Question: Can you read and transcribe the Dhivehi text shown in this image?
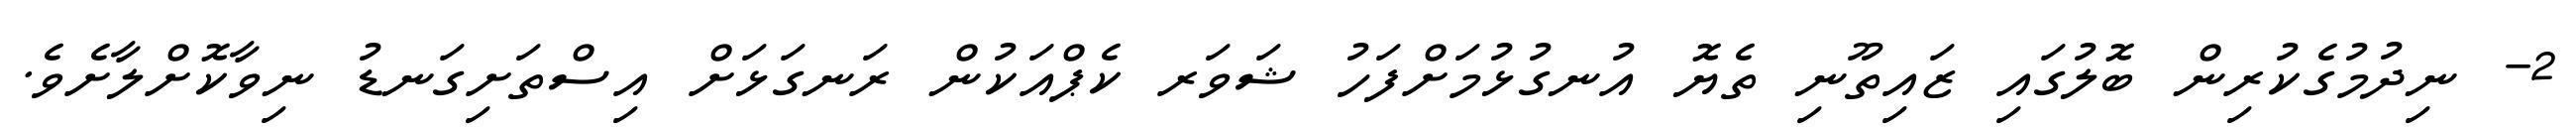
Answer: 2- ނިދުމުގެކުރިން ބޮލުގައި ޒައިތޫނި ތެޔޮ އުނގުޅުމަށްފަހު ޝަވަރ ކެޕްއަކުން ރަނގަޅަށް އިސްތަށިގަނޑު ނިވާކޮށްލާށެވެ.